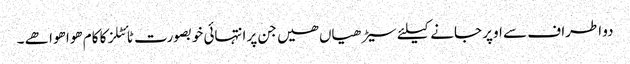
دو اطراف سے اوپر جانے کیلئے سیڑھیاں ھیں جن پر انتہائی خوبصورت ٹائٹلز کا کام ھوا ھوا ھے ۔